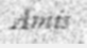
Amis